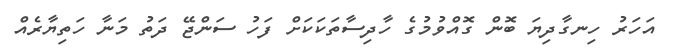
އަހަރު ހިނގާދިޔަ ބޮން ގޮއްވުމުގެ ހާދިސާތަކަކަށް ފަހު ސަންޖޭ ދަތު މަނާ ހަތިޔާރެއް